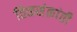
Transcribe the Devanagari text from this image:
तिळसंक्रांती